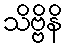
သိဗ္ဗိနိ